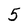
Character: 5